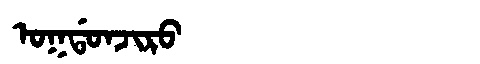
Manchu: ᠣᡴᡩᠣᠨᠵᡳᡵᠣ
Romanization: OKDONJIRO